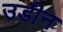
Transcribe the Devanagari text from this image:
उडीन